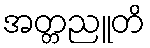
အတ္တညူတိ